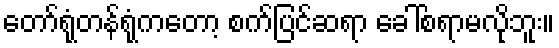
တော်ရုံတန်ရုံကတော့ စက်ပြင်ဆရာ ခေါ်စရာမလိုဘူး။